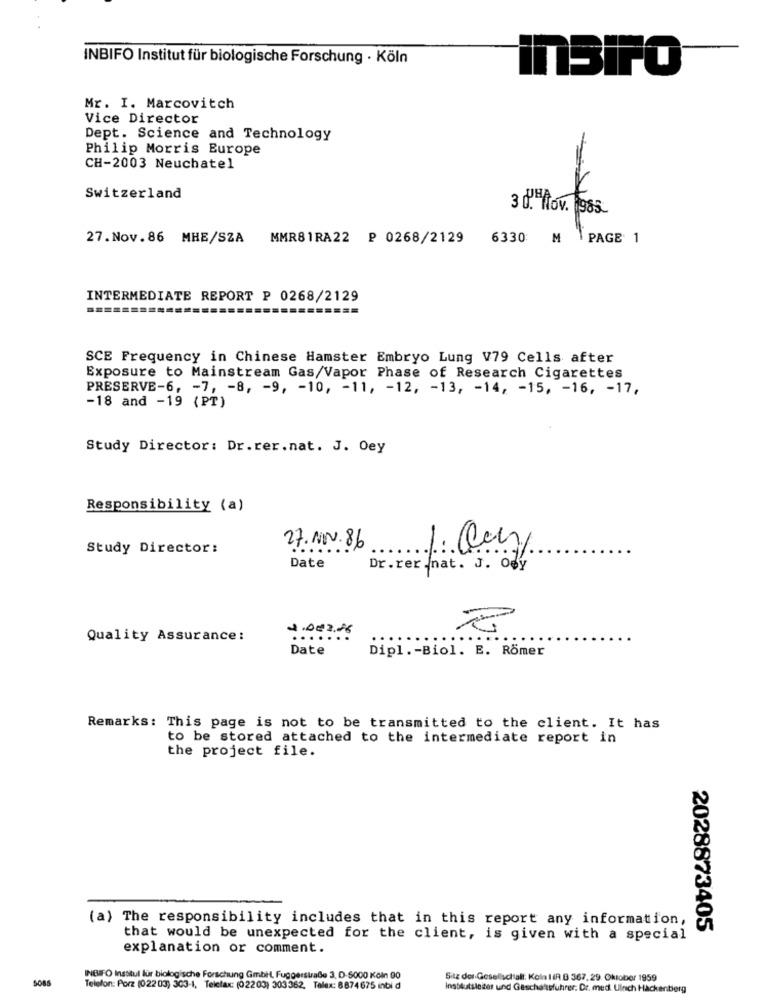
INBIFO Institut für biologische Forschung · Köln
insiro
Mr. I. Marcovitch
Vice Director
Dept. Science and Technology
Philip Morris Europe
CH-2003 Neuchatel
Switzerland
3 d. Nov. 1985
27. Nov.86 MHE/SZA MMR81RA22 ₽ 0268/2129
6330 M PAGE 1
INTERMEDIATE REPORT P 0268/2129
SCE Frequency in Chinese Hamster Embryo Lung V79 Cells after
Exposure to Mainstream Gas/Vapor Phase of Research Cigarettes
PRESERVE-6, - 7, - 8, - 9, - 10, - 11, - 12, - 13, - 14, - 15, - 16, - 17,
-18 and -19 (PT)
Study Director: Dr.rer.nat. J. Oey
Responsibility (a)
Study Director:
27. NOV.86
1. 00y
Date
Dr.rer.nat. J. Ogy
4.002.26
Quality Assurance:
.....
.::::
Date
Dipl .- Biol. E. Römer
Remarks: This page is not to be transmitted to the client. It has
to be stored attached to the intermediate report in
the project file.
(a) The responsibility includes that in this report any information,
2028873405
that would be unexpected for the client, is given with a special
explanation or comment.
INGIFO Institut für biologische Forschung Gmbit, Fuggerstraße 3, D-5000 Köln 90
Sitz der Gesellschaft: Kola IIR B 367. 29. Oktober 1959
Telefon: Porz (02203) 303-1, Telefax: (02203) 303362, Talex: 8874675 inbi d
Insblutsleder und Geschäftsführer. Dr. med Ulnich Hackenberg